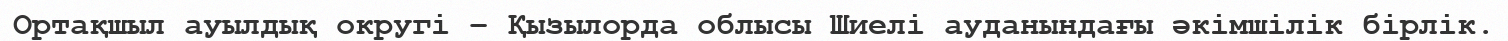
Ортақшыл ауылдық округі – Қызылорда облысы Шиелі ауданындағы әкімшілік бірлік.